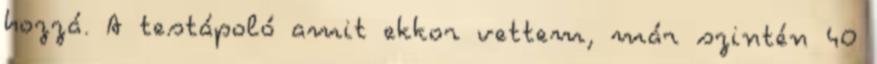
hozzá. A testápoló amit ekkor vettem, már szintén 40